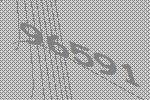
96591